NAE_ERA_R-1765_ENSV_Kirjanike_Liit_1945-1955, lk 37
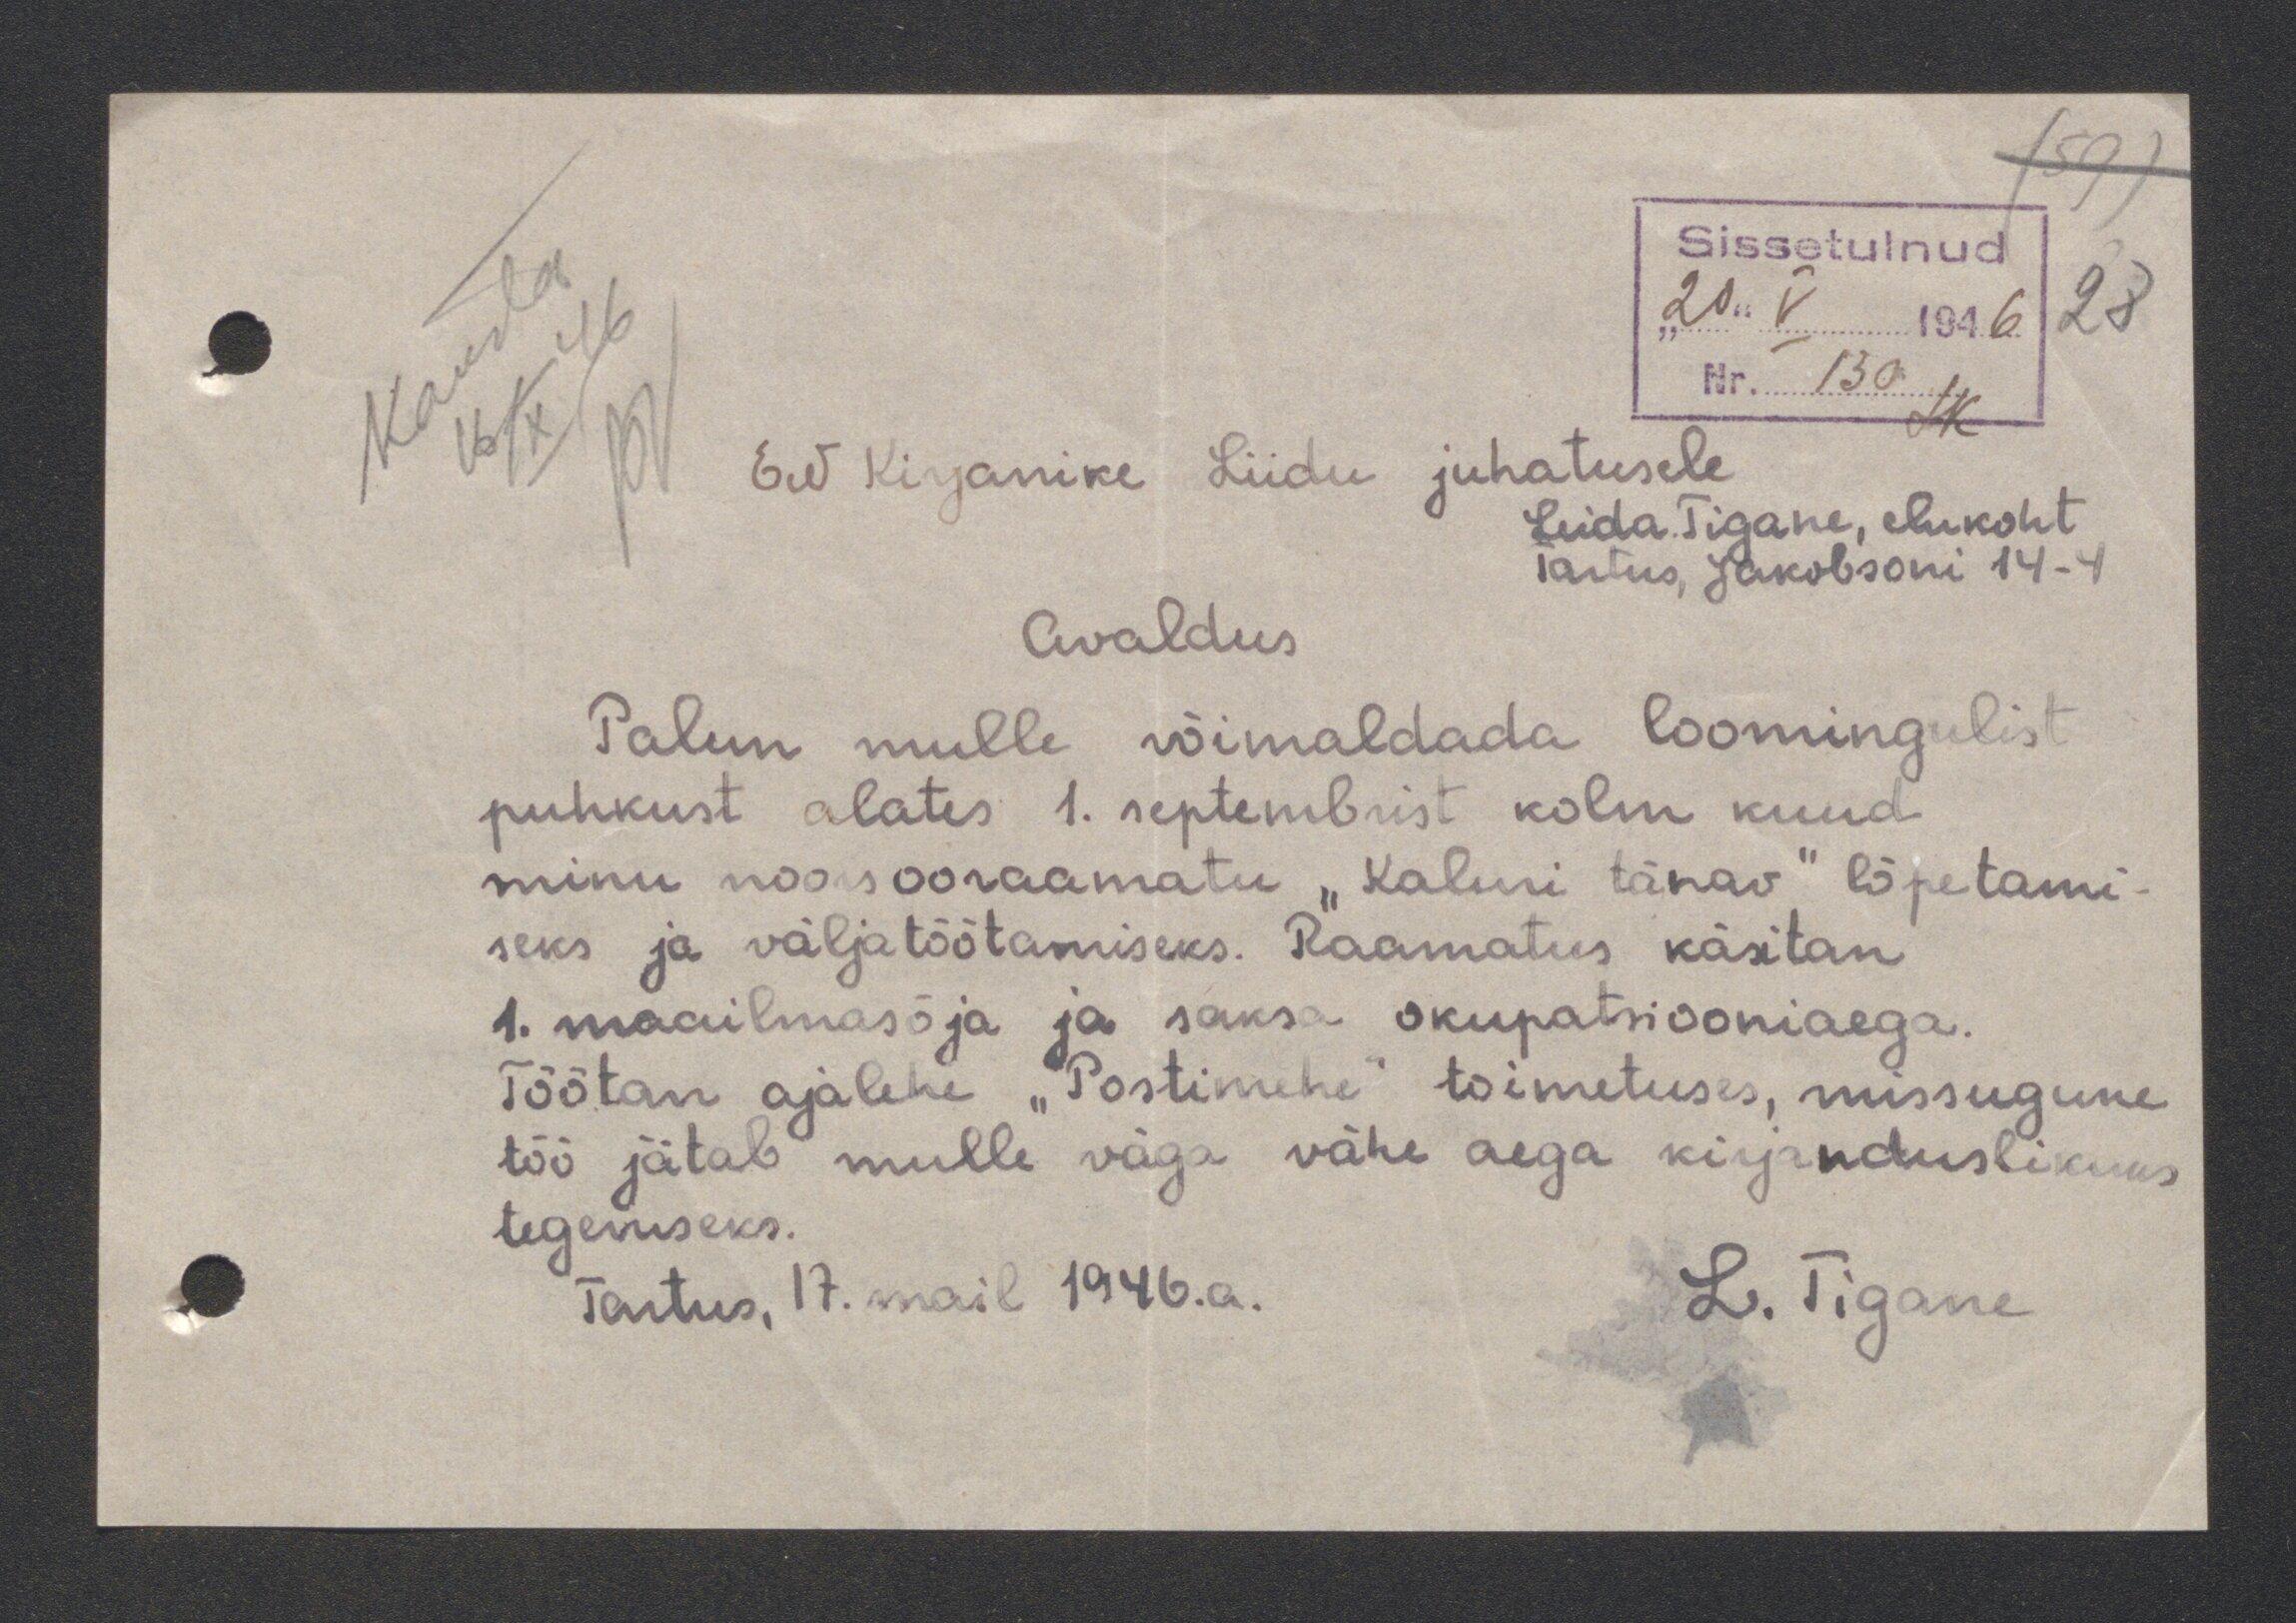
Sissetulnud
20.V 1946
Nr. 130
EN Kirjanike Liidu juhatusele
Leida Tigane, elukoht
Tartus, Jakobsoni 14-4
Avaldus
Palun mulle võimaldada loomingulist
puhkust alates 1. septembrist kolm kuud
minu noorsooraamatu "Kaluri tänav" lõpetami-
seks ja väljatöötamiseks. Raamatus käsitan
1. maailmasõja ja saksa okupatsiooniaega.
Tõötan ajalehe "Postimehe" toimetuses, missugune
töö jätab mulle väga vähe aega kirjanduslikuks
tegemiseks.
Tartus, 17.mail 1946.a.
L. Tigane